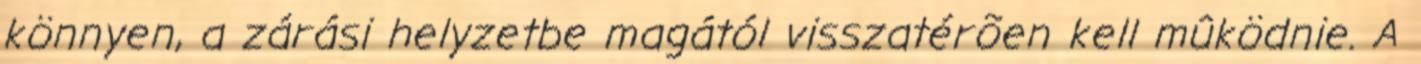
könnyen, a zárási helyzetbe magától visszatérõen kell mûködnie. A